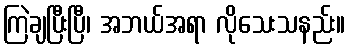
ကြဲချပြီးပြီ၊ အဘယ်အရာ လိုသေးသနည်း။